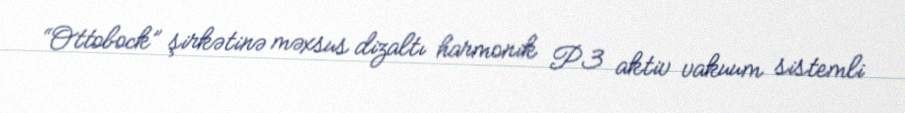
“Ottobock” şirkətinə məxsus dizaltı harmonik P3 aktiv vakuum sistemli